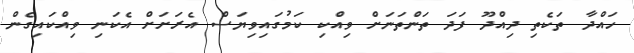
ހައްދާ ތަކެތި ދިއްދޫ ފަދަ ތަންތަނަށް ވިއްކި ކަމުގައިވިޔަސް އެރަށަށް އެކަނި ވިއްކައިގެން